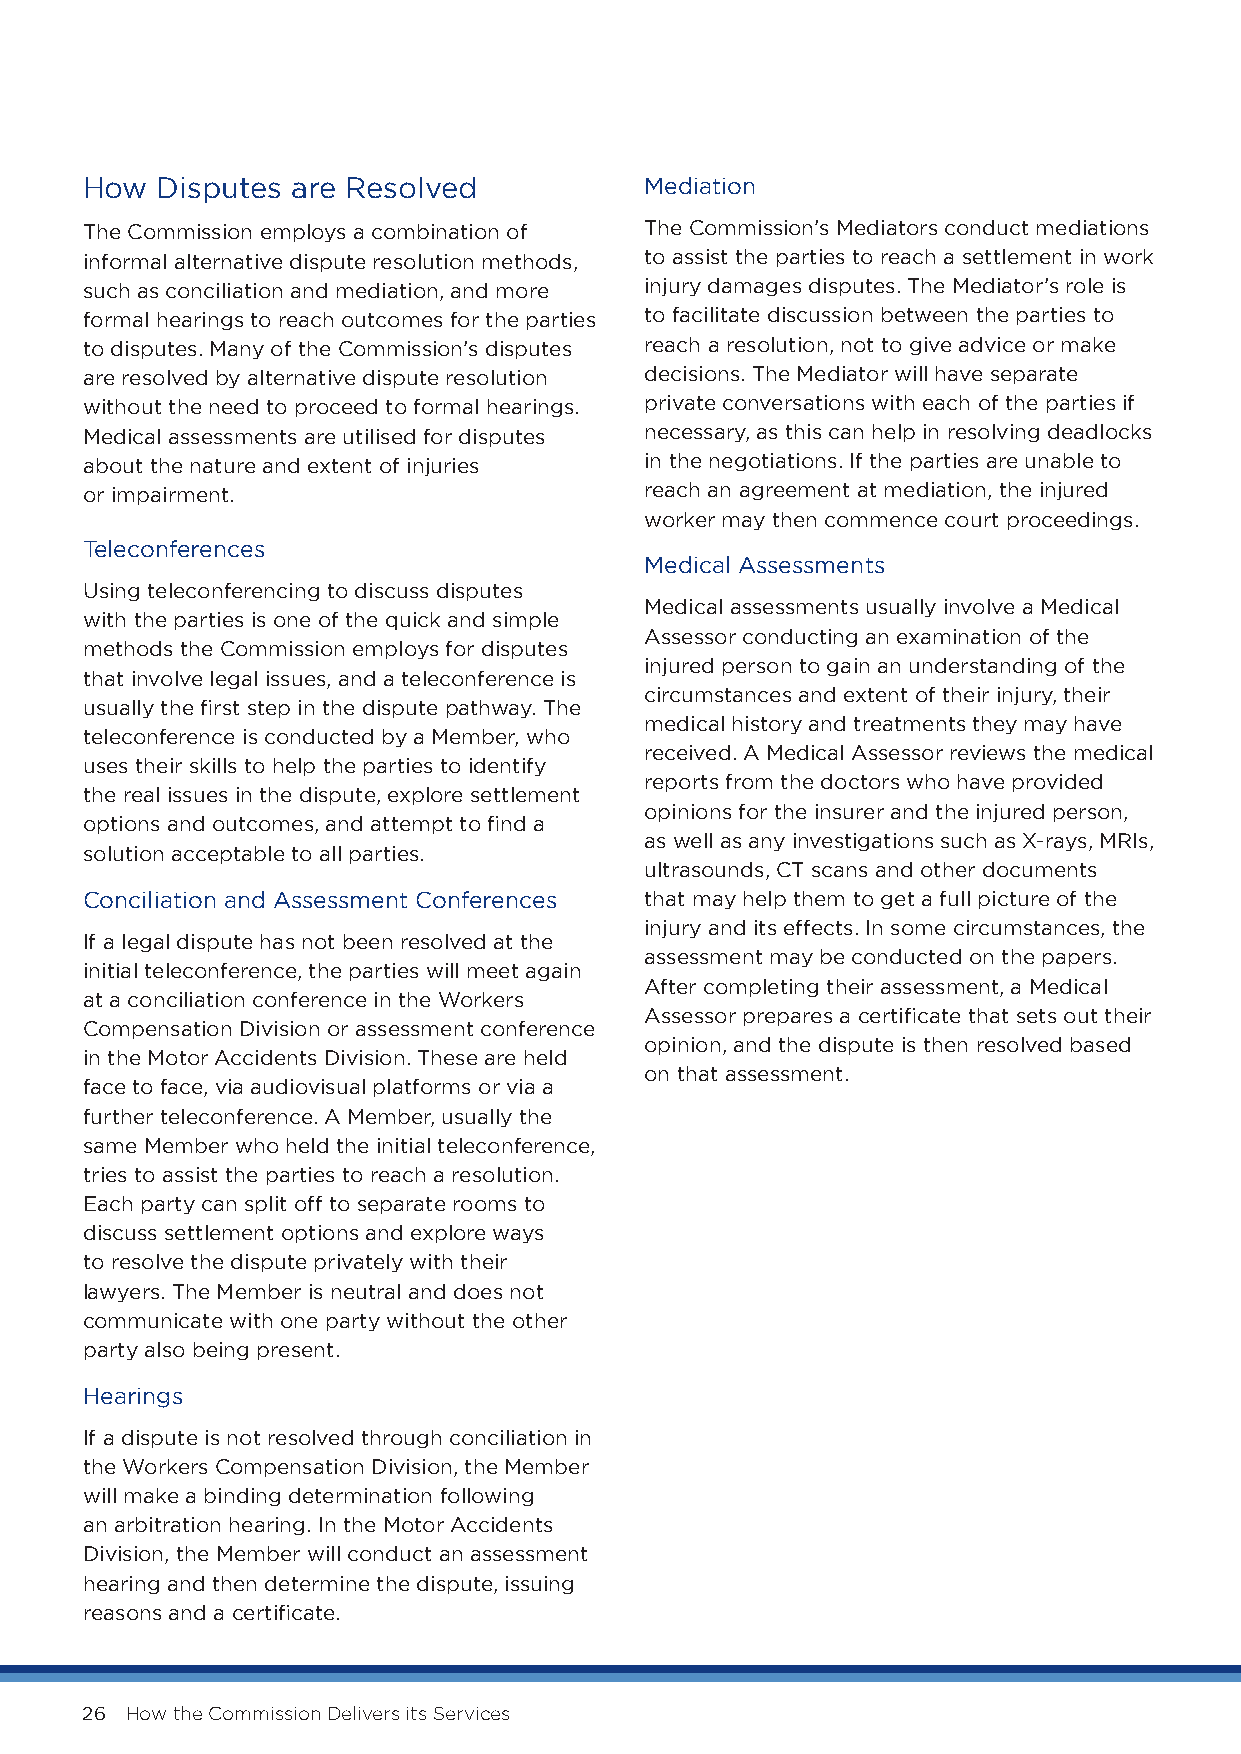
How  Disputes are Resolved            Mediation
 The Commission employs a combination of The Commission’s Mediators conduct mediations
 informal alternative dispute resolution methods, to assist the parties to reach a settlement in work
 such as conciliation and mediation, and more injury damages disputes. The Mediator’s role is
 formal hearings to reach outcomes for the parties to facilitate discussion between the parties to
 to disputes. Many of the Commission’s disputes reach a resolution, not to give advice or make
 are resolved by alternative dispute resolution decisions. The Mediator will have separate
 without the need to proceed to formal hearings. private conversations with each of the parties if
 Medical assessments are utilised for disputes necessary, as this can help in resolving deadlocks
 about the nature and extent of injuries in the negotiations. If the parties are unable to
 or impairment.                        reach an agreement at mediation, the injured
 worker may then commence court proceedings.
 Teleconferences
 Medical Assessments
 Using teleconferencing to discuss disputes
 Medical assessments usually involve a Medical
 with the parties is one of the quick and simple
 Assessor conducting an examination of the
 methods the Commission employs for disputes
 injured person to gain an understanding of the
 that involve legal issues, and a teleconference is
 circumstances and extent of their injury, their
 usually the first step in the dispute pathway. The
 medical history and treatments they may have
 teleconference is conducted by a Member, who
 received. A Medical Assessor reviews the medical
 uses their skills to help the parties to identify
 reports from the doctors who have provided
 the real issues in the dispute, explore settlement
 opinions for the insurer and the injured person,
 options and outcomes, and attempt to find a
 as well as any investigations such as X-rays, MRIs,
 solution acceptable to all parties.
 ultrasounds, CT scans and other documents
 Conciliation and Assessment Conferences that may help them to get a full picture of the
 injury and its effects. In some circumstances, the
 If a legal dispute has not been resolved at the
 assessment may be conducted on the papers.
 initial teleconference, the parties will meet again
 After completing their assessment, a Medical
 at a conciliation conference in the Workers
 Assessor prepares a certificate that sets out their
 Compensation Division or assessment conference
 opinion, and the dispute is then resolved based
 in the Motor Accidents Division. These are held
 on that assessment.
 face to face, via audiovisual platforms or via a
 further teleconference. A Member, usually the
 same Member who held the initial teleconference,
 tries to assist the parties to reach a resolution.
 Each party can split off to separate rooms to
 discuss settlement options and explore ways
 to resolve the dispute privately with their
 lawyers. The Member is neutral and does not
 communicate with one party without the other
 party also being present.
 Hearings
 If a dispute is not resolved through conciliation in
 the Workers Compensation Division, the Member
 will make a binding determination following
 an arbitration hearing. In the Motor Accidents
 Division, the Member will conduct an assessment
 hearing and then determine the dispute, issuing
 reasons and a certificate.
 26 How the Commission Delivers its Services